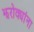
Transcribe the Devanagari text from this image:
झरोक्यांना